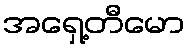
အရှေ့တီမော